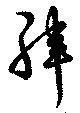
緯